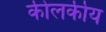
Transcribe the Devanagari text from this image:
कीलकीय